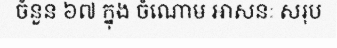
ចំនួន ៦៧ ក្នុង ចំណោម អាសនៈ សរុប